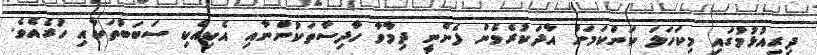
ދިރިއުޅުމުގައި މިކަހަަލަ ކަންކަމަށް އާދަކުރެވެން ފެށެނީ ދިމާވާ ހާދިސާތަކުންނާއި އެކިއެކި ސަބަބުތަކާއި ހުރެއެވެ.